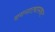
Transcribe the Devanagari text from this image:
वगनाट्यासकट